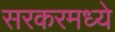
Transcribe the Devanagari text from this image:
सरकरमध्ये